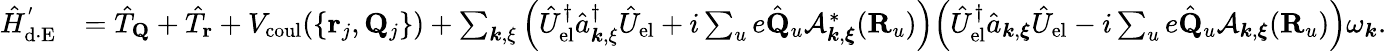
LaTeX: \begin{array}{rl}{\hat{H}_{\mathrm{d\cdot E}}^{'}}&{=\hat{T}_{\mathbf Q}+\hat{T}_{\mathbf r}+V_{\mathrm{coul}}(\{ {{\mathbf r}_{j},{\mathbf Q}_{j}}\} )+\sum_{{\boldsymbol k},{\mathbf\xi}}\Big(\hat{U}_{\mathrm{el}}^{\dagger}\hat{a}_{{\boldsymbol k},{\mathbf\xi}}^{\dagger}\hat{U}_{\mathrm{el}}+i\sum_{u}e\hat{\mathbf Q}_{u}\mathcal{A}_{{\boldsymbol k},{\boldsymbol\xi}}^{*}({\mathbf R}_{u})\Big)\Big(\hat{U}_{\mathrm{el}}^{\dagger}\hat{a}_{{\boldsymbol k},{\boldsymbol{\xi}}}\hat{U}_{\mathrm{el}}-i\sum_{u}e\hat{\mathbf Q}_{u}\mathcal{A}_{{\boldsymbol k},{\boldsymbol\xi}}({\mathbf R}_{u})\Big)\omega_{\boldsymbol k}.}\end{array}